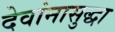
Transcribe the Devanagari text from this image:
देवांनासुद्धा